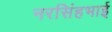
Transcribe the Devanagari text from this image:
नरसिंहभाई